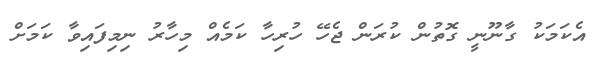
އެކަމަކު ގާނޫނީ ގޮތުން ކުރަން ޖެހޭ ހުރިހާ ކަމެއް މިހާރު ނިމިފައިވާ ކަމަށް